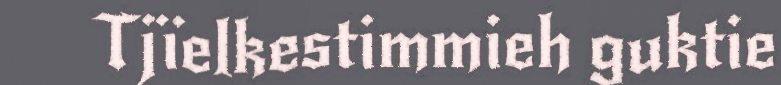
Tjïelkestimmieh guktie